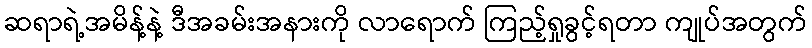
ဆရာရဲ့အမိန့်နဲ့ ဒီအခမ်းအနားကို လာရောက် ကြည့်ရှုခွင့်ရတာ ကျုပ်အတွက်